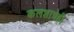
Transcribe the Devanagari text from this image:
कलशाचेही